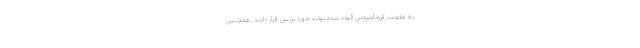
به عفونت کروناویروس آلوده شده بودند مورد بررسی قرار دادند. همچنین